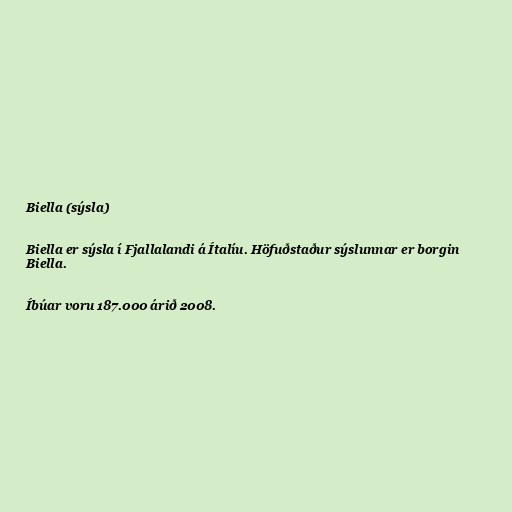
Biella (sýsla)

Biella er sýsla í Fjallalandi á Ítalíu. Höfuðstaður sýslunnar er borgin
Biella.

Íbúar voru 187.000 árið 2008.